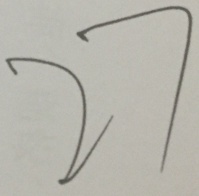
2 7